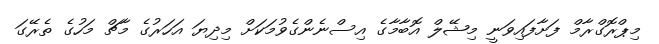
މިޕްރޮގްރާމް ފަށާފައިވަނީ މިޝޭލް އޮބާމާގެ އިސްނެންގެވުމަކަށް މިދިޔަ އަހަރުގެ މާޗް މަހުގެ ތެރޭގަ